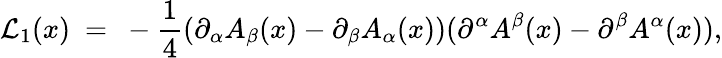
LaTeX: {\cal L}_{1}(x)~=~-{\frac{1}{4}}(\partial_{\alpha}A_{\beta}(x)-\partial_{\beta}A_{\alpha}(x))(\partial^{\alpha}A^{\beta}(x)-\partial^{\beta}A^{\alpha}(x)),